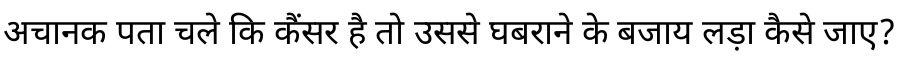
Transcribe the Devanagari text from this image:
अचानक पता चले कि कैंसर है तो उससे घबराने के बजाय लड़ा कैसे जाए?